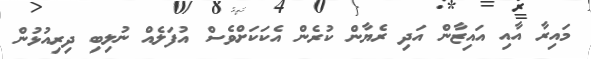
މައިރާ އާއި އައިޒާން އަދި ރެޔާން ކުރެން އެކަކަށްވެސް އުފަލެއް ނުލިބި ދިރިއުޅުން